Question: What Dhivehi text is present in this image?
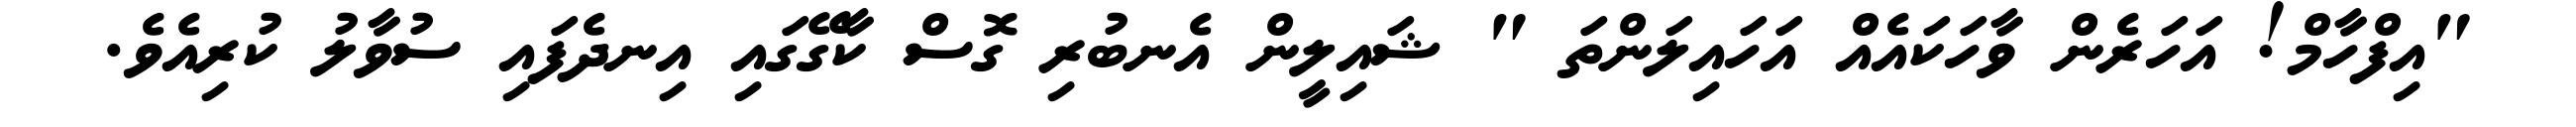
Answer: "އިފްހާމް! އަހަރެން ވާހަކައެއް އަހައިލަންތަ " ޝައިލީން އެނބުރި ގޮސް ކާގޭގައި އިނދެފައި ސުވާލު ކުރިއެވެ.